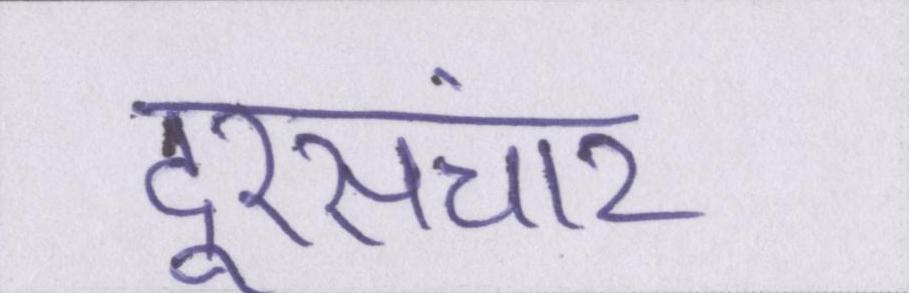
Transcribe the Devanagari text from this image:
दूरसंचार